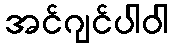
အင်ဂျင်ပါဝါ